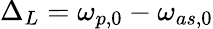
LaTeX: \Delta_{L}=\omega_{p,0}-\omega_{as,0}